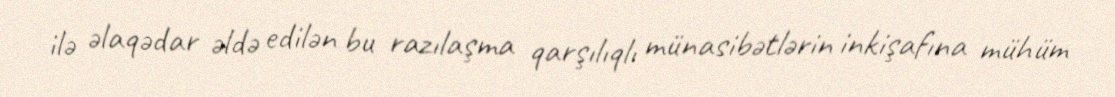
ilə əlaqədar əldə edilən bu razılaşma qarşılıqlı münasibətlərin inkişafına mühüm